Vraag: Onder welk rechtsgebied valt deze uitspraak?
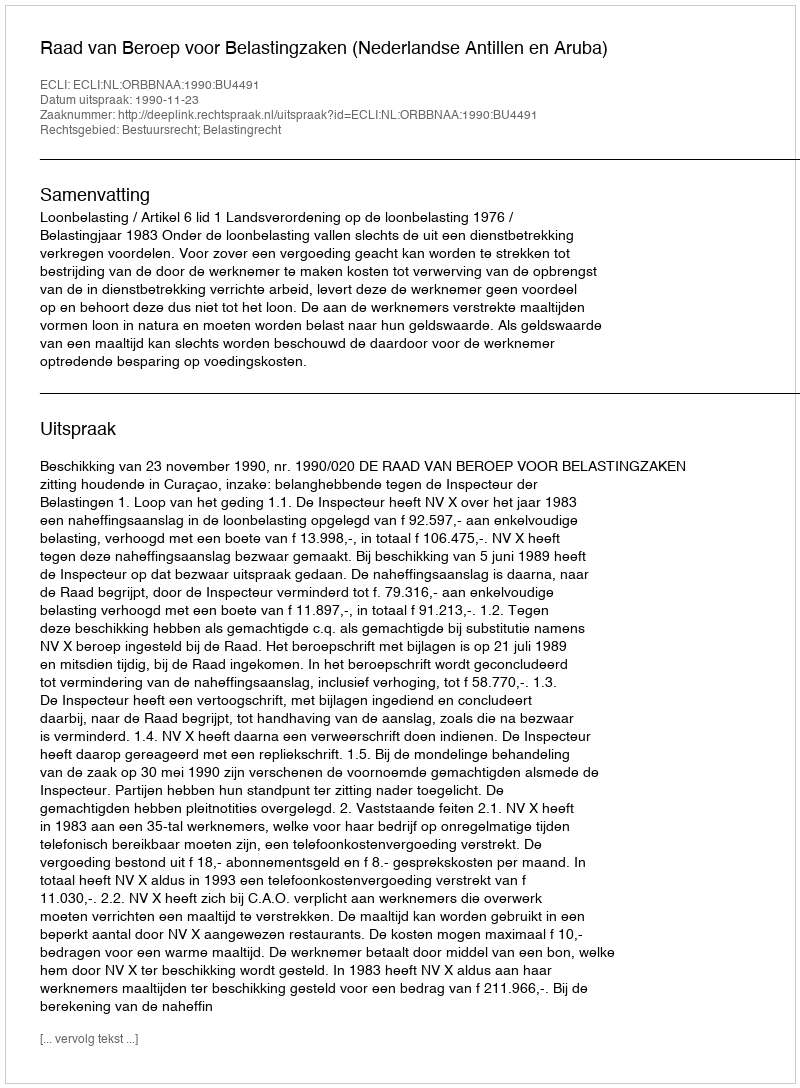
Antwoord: Bestuursrecht; Belastingrecht